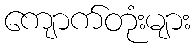
ကျောက်တုံးများ